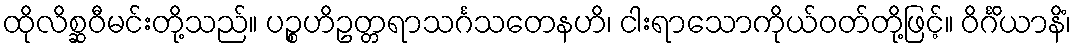
ထိုလိစ္ဆဝီမင်းတို့သည်။ ပဉ္စဟိဥတ္တရာသင်္ဂသတေနဟိ၊ ငါးရာသောကိုယ်ဝတ်တို့ဖြင့်။ ဝိင်္ဂိယာနိံ၊